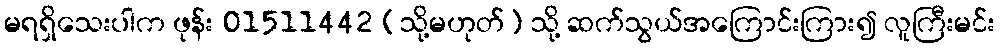
မရရှိသေးပါက ဖုန်း 01511442 (သို့မဟုတ်) သို့ ဆက်သွယ်အကြောင်းကြား၍ လူကြီးမင်း